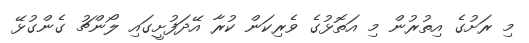
މި ރަށުގެ އިތުރުން މި އަތޮޅުގެ ވެރިކަން ކުރާ އޭދަފުށީގައި ލޯންޗު ގެންގުޅޭ